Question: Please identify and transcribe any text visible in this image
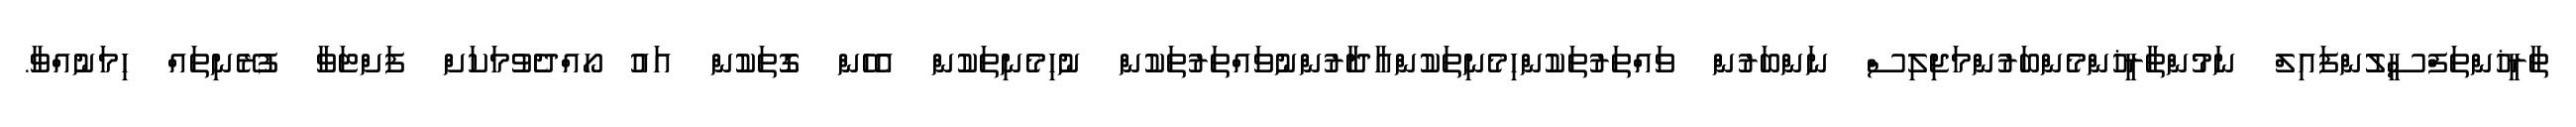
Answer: ތާރީޚުންތަފްސީލުންފައިލް ނަމުންތާރީޚުންމެންބަރުންމަޖިލިސް ނަންބަރުން ވައްތަރުތަކުންހިމެނިތަކުންއާދާރުންނުވައްތަރުތަކުން ނުހިމެނިތަކުން އެހެން ގޮތަކުން އައު ހޯއްދެވުމަކަށް ފަށްޓަވާ ފުރޭނިތައް ހިމަނުއްވާ.